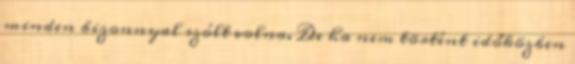
minden bizonnyal szólt volna. De ha nem történt időközben